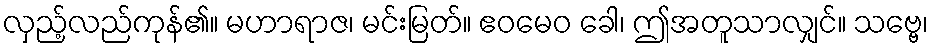
လှည့်လည်ကုန်၏။ မဟာရာဇ၊ မင်းမြတ်။ ဧဝမေဝ ခေါ၊ ဤအတူသာလျှင်။ သဗ္ဗေ၊